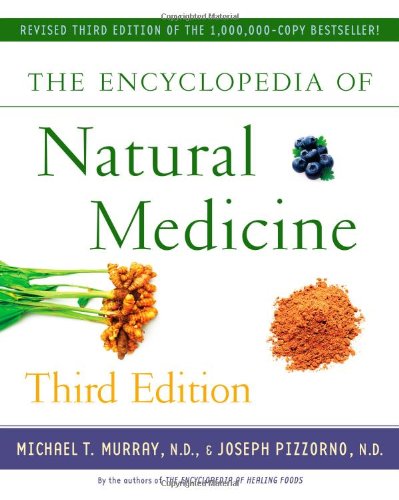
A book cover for The Encyclopedia of Natural Medicine Third Edition; Michael T. Murray; Health, Fitness & Dieting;